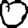
Digit: 0